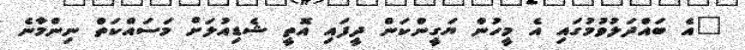
"އެ ބައްދަލުވުމުގައި އެ މީހުން ޔަގީންކަން ދީފައި އޮތީ ޝެޑިއުލަށް މަސައްކަތް ނިންމާނެ